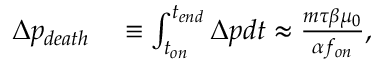
\begin{array} { r l } { \Delta p _ { d e a t h } } & { { } \equiv \int _ { t _ { o n } } ^ { t _ { e n d } } \Delta p d t \approx \frac { m \tau \beta \mu _ { 0 } } { \alpha f _ { o n } } , } \end{array}